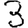
Digit: 3